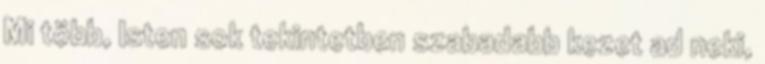
Mi több, Isten sok tekintetben szabadabb kezet ad neki,